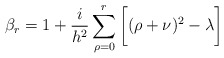
\begin{align*}{\beta}_r= 1 +\frac{i}{h^2}\sum^r_{\rho =0}\bigg[(\rho +\nu)^2-\lambda\bigg]\end{align*}